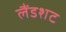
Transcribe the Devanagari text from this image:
लैंडशट